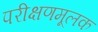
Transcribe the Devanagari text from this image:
परीक्षणमूलक